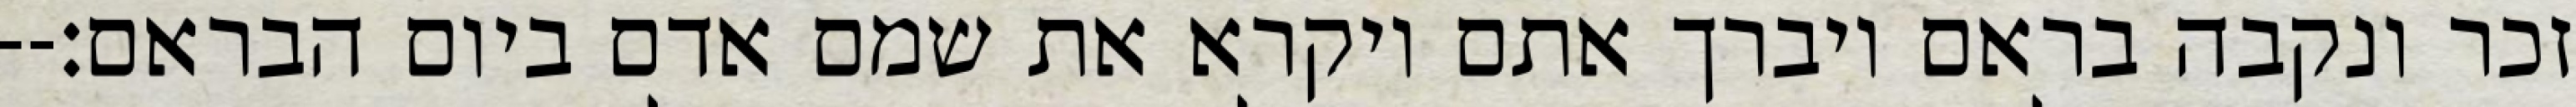
זכר ונקבה בראם ויברך אתם ויקרא את שמם אדם ביום הבראם׃--